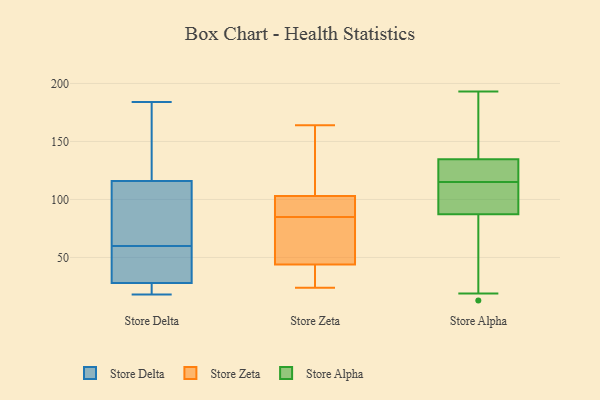
{"axis": {"x": "Production Output", "y": "Value"}, "legend": ["Store Alpha", "Store Delta", "Store Zeta"], "data": [{"x": "", "y": 53, "type": "Store Delta"}, {"x": "", "y": 67, "type": "Store Delta"}, {"x": "", "y": 26, "type": "Store Delta"}, {"x": "", "y": 18, "type": "Store Delta"}, {"x": "", "y": 68, "type": "Store Delta"}, {"x": "", "y": 39, "type": "Store Delta"}, {"x": "", "y": 116, "type": "Store Delta"}, {"x": "", "y": 133, "type": "Store Delta"}, {"x": "", "y": 28, "type": "Store Delta"}, {"x": "", "y": 184, "type": "Store Delta"}, {"x": "", "y": 40, "type": "Store Zeta"}, {"x": "", "y": 25, "type": "Store Zeta"}, {"x": "", "y": 103, "type": "Store Zeta"}, {"x": "", "y": 39, "type": "Store Zeta"}, {"x": "", "y": 131, "type": "Store Zeta"}, {"x": "", "y": 58, "type": "Store Zeta"}, {"x": "", "y": 74, "type": "Store Zeta"}, {"x": "", "y": 99, "type": "Store Zeta"}, {"x": "", "y": 48, "type": "Store Zeta"}, {"x": "", "y": 99, "type": "Store Zeta"}, {"x": "", "y": 78, "type": "Store Zeta"}, {"x": "", "y": 92, "type": "Store Zeta"}, {"x": "", "y": 164, "type": "Store Zeta"}, {"x": "", "y": 103, "type": "Store Zeta"}, {"x": "", "y": 160, "type": "Store Zeta"}, {"x": "", "y": 24, "type": "Store Zeta"}, {"x": "", "y": 193, "type": "Store Alpha"}, {"x": "", "y": 13, "type": "Store Alpha"}, {"x": "", "y": 109, "type": "Store Alpha"}, {"x": "", "y": 115, "type": "Store Alpha"}, {"x": "", "y": 80, "type": "Store Alpha"}, {"x": "", "y": 134, "type": "Store Alpha"}, {"x": "", "y": 134, "type": "Store Alpha"}, {"x": "", "y": 114, "type": "Store Alpha"}, {"x": "", "y": 135, "type": "Store Alpha"}, {"x": "", "y": 19, "type": "Store Alpha"}, {"x": "", "y": 189, "type": "Store Alpha"}]}